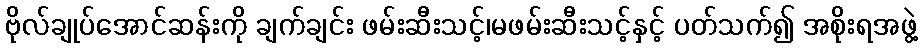
ဗိုလ်ချုပ်အောင်ဆန်းကို ချက်ချင်း ဖမ်းဆီးသင့်၊မဖမ်းဆီးသင့်နှင့် ပတ်သက်၍ အစိုးရအဖွဲ့